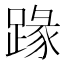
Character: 𨂦